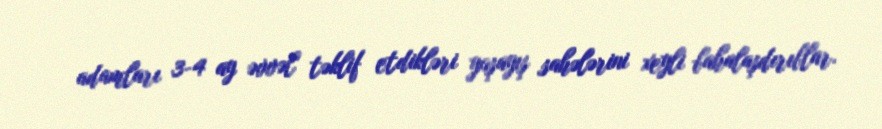
adamları 3-4 ay əvvəl təklif etdikləri yaşayış sahələrini xeyli bahalaşdırıblar.